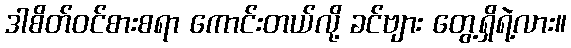
ဒါစိတ်ဝင်စားစရာ ကောင်းတယ်လို့ ခင်ဗျား တွေ့ရှိရဲ့လား။